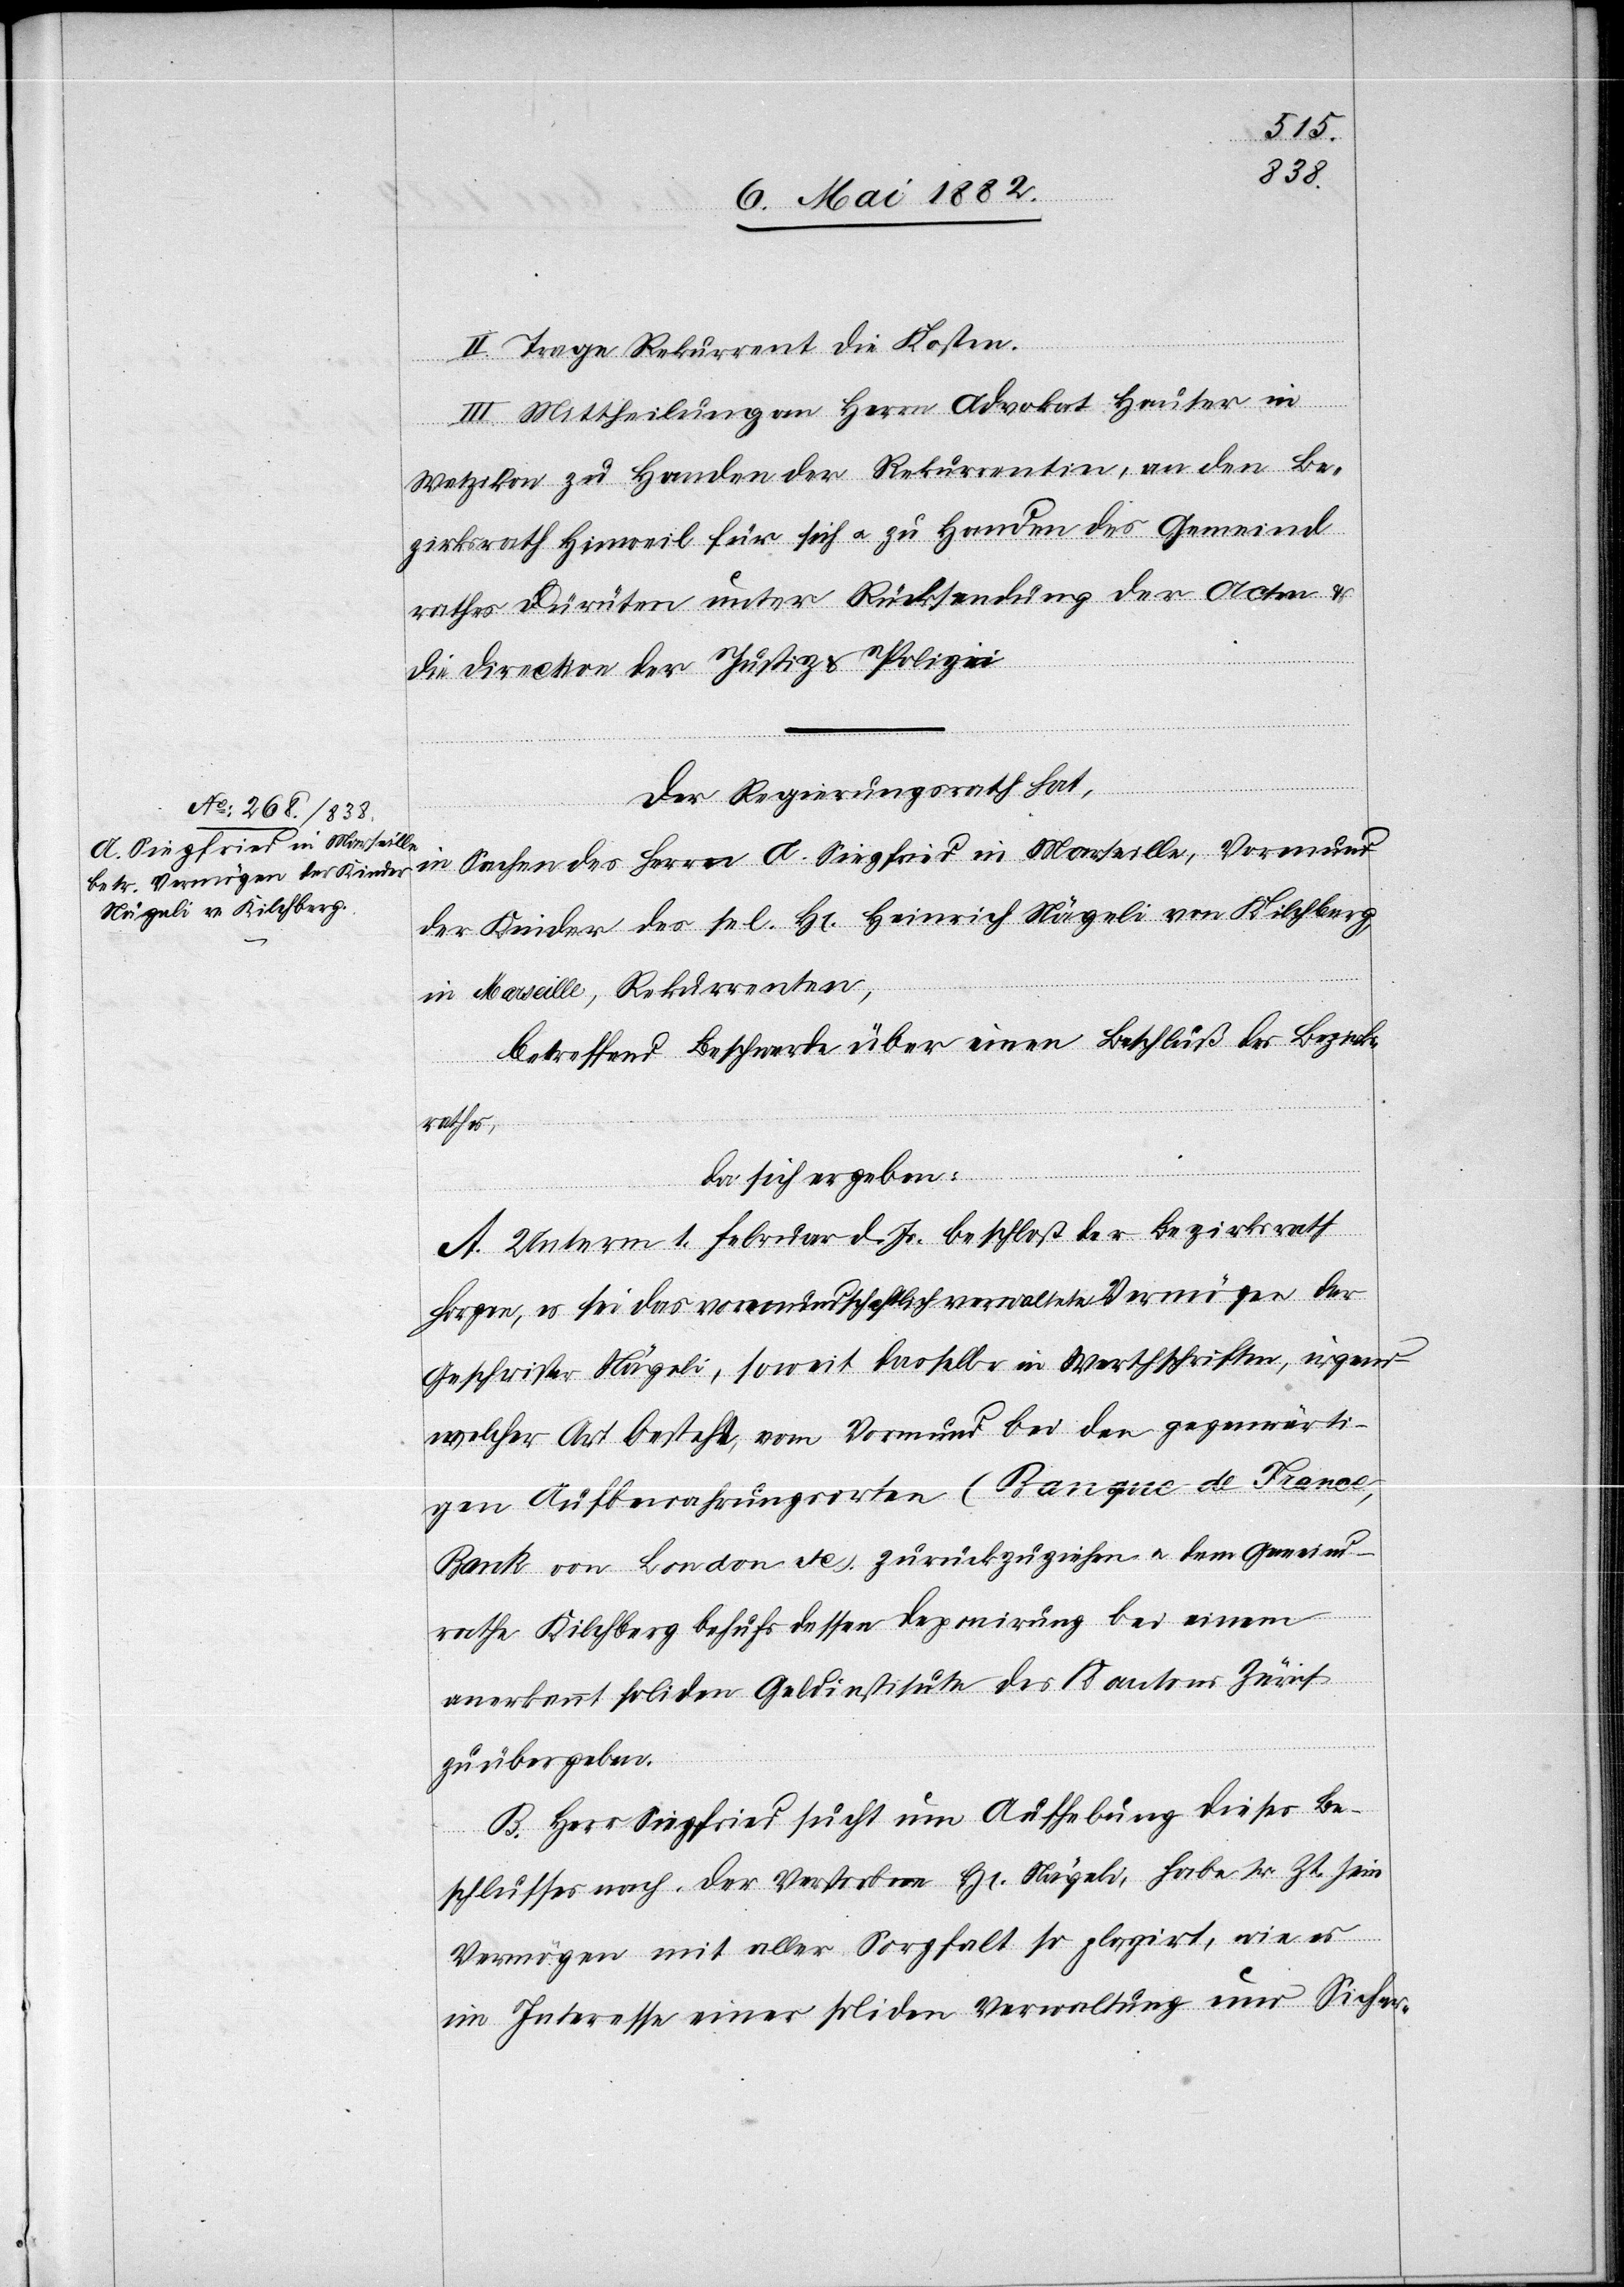
II. Trage Rekurrent die Kosten.
III. Mittheilung an Herrn Advokat Hauser in
Wetzikon zu Handen der Rekurrentin, an den Be¬
zirksrath Hinweil für sich u. zu Handen des Gemeind¬
rathes Dürnten unter Rückstellung der Acten &
die Direction der Justiz & Polizei.
Der Regierungsrath hat,
in Sachen des Herrn A. Sigfried in Marseille, Vormund
der Kinder des sel. H[rn]. Heinrich Nägeli von Kilchberg,
in Marseille, Rekurrenten,
betreffend Beschwerde über einen Beschluß des Bezirks¬
rath,
da sich ergeben:
A. Unterm 1. Februar d. Js. beschloß der Bezirksrath
Horgen, es sei das vormundschaftlich verwaltete Vermögen der
Geschwister Nägeli, soweit dasselbe in Werthschriften, irgend
welcher Art bestehe, vom Vormund bei den gegenwärti¬
gen Aufbewahrungsorten (Banque de France,
Bank von London etc.) zurückzuziehen u. dem Gemeind¬
rathe Kilchberg behufs dessen Deponirung bei einem
anerkannt soliden Geldinstitute des Kantons Zürich
zu übergeben.
B. Herr Sigfried sucht um Aufhebung dieses Be¬
schlusses nach. Der Verstorbene Hr. Nägeli, habe sr. Zt. sein
Vermögen mit aller Sorgfalt so plazirt, wie es
im Interesse einer soliden Verwaltung und Sicher-